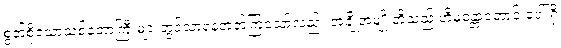
စွတ်စိုသောသစ်တောကြီးများတွင်သာနေတတ်ကြသော်လည်း အချို့အမျိုးတို့သည် ဟိမဝန္တာတောင် ပေါ် ရှိ